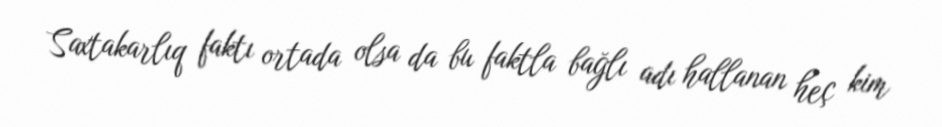
Saxtakarlıq faktı ortada olsa da bu faktla bağlı adı hallanan heç kim